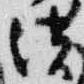
供